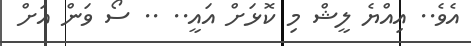
އެވެ.. އިއްޔެ ލީޝް މި ކޮޅަށް އައީ.. .. ސޯ ވަން އަށް